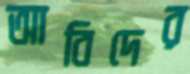
আবিদের